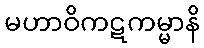
မဟာဝိကဋကမ္မာနိ